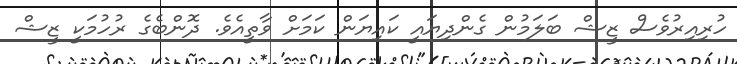
ހުރިއިރުވެސް ޒީޝް ބަލަމުން ގެންދިޔައީ ކައިޔަން ކަމަށް ވާތީއެވެ. ދޮންބެގެ ރުހުމަކީ ޒީޝް